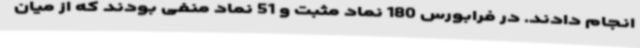
انجام دادند. در فرابورس 180 نماد مثبت و 51 نماد منفی بودند که از میان